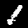
Digit: 1